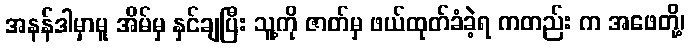
အနန်ဒါမှာမူ အိမ်မှ နှင်ချပြီး သူ့ကို ဇာတ်မှ ဖယ်ထုတ်ခံခဲ့ရ ကတည်း က အဖေတို့၊